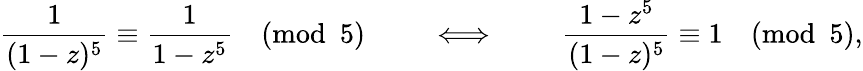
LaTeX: {\frac{1}{(1-z)^{5}}}\equiv{\frac{1}{1-z^{5}}}{\pmod{5}}\qquad\iff\qquad{\frac{1-z^{5}}{(1-z)^{5}}}\equiv 1{\pmod{5}},